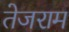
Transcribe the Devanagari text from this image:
तेजराम